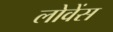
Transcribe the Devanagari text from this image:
लोवेंस